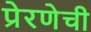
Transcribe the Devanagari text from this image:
प्रेरणेची